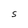
Character: S